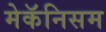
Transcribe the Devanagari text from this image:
मेकॅनिसम